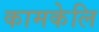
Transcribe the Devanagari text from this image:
कामकेलि